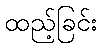
ထည့်ခြင်း